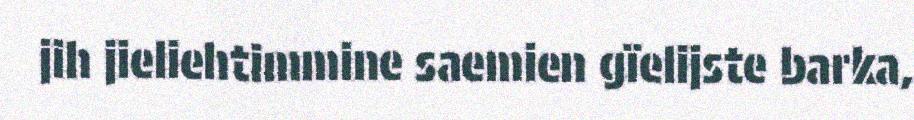
jih jieliehtimmine saemien gïelijste barka,